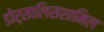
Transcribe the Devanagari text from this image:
डोर्सालिसशामिल